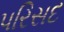
પરિસદ